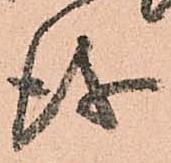
儀